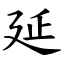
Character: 延